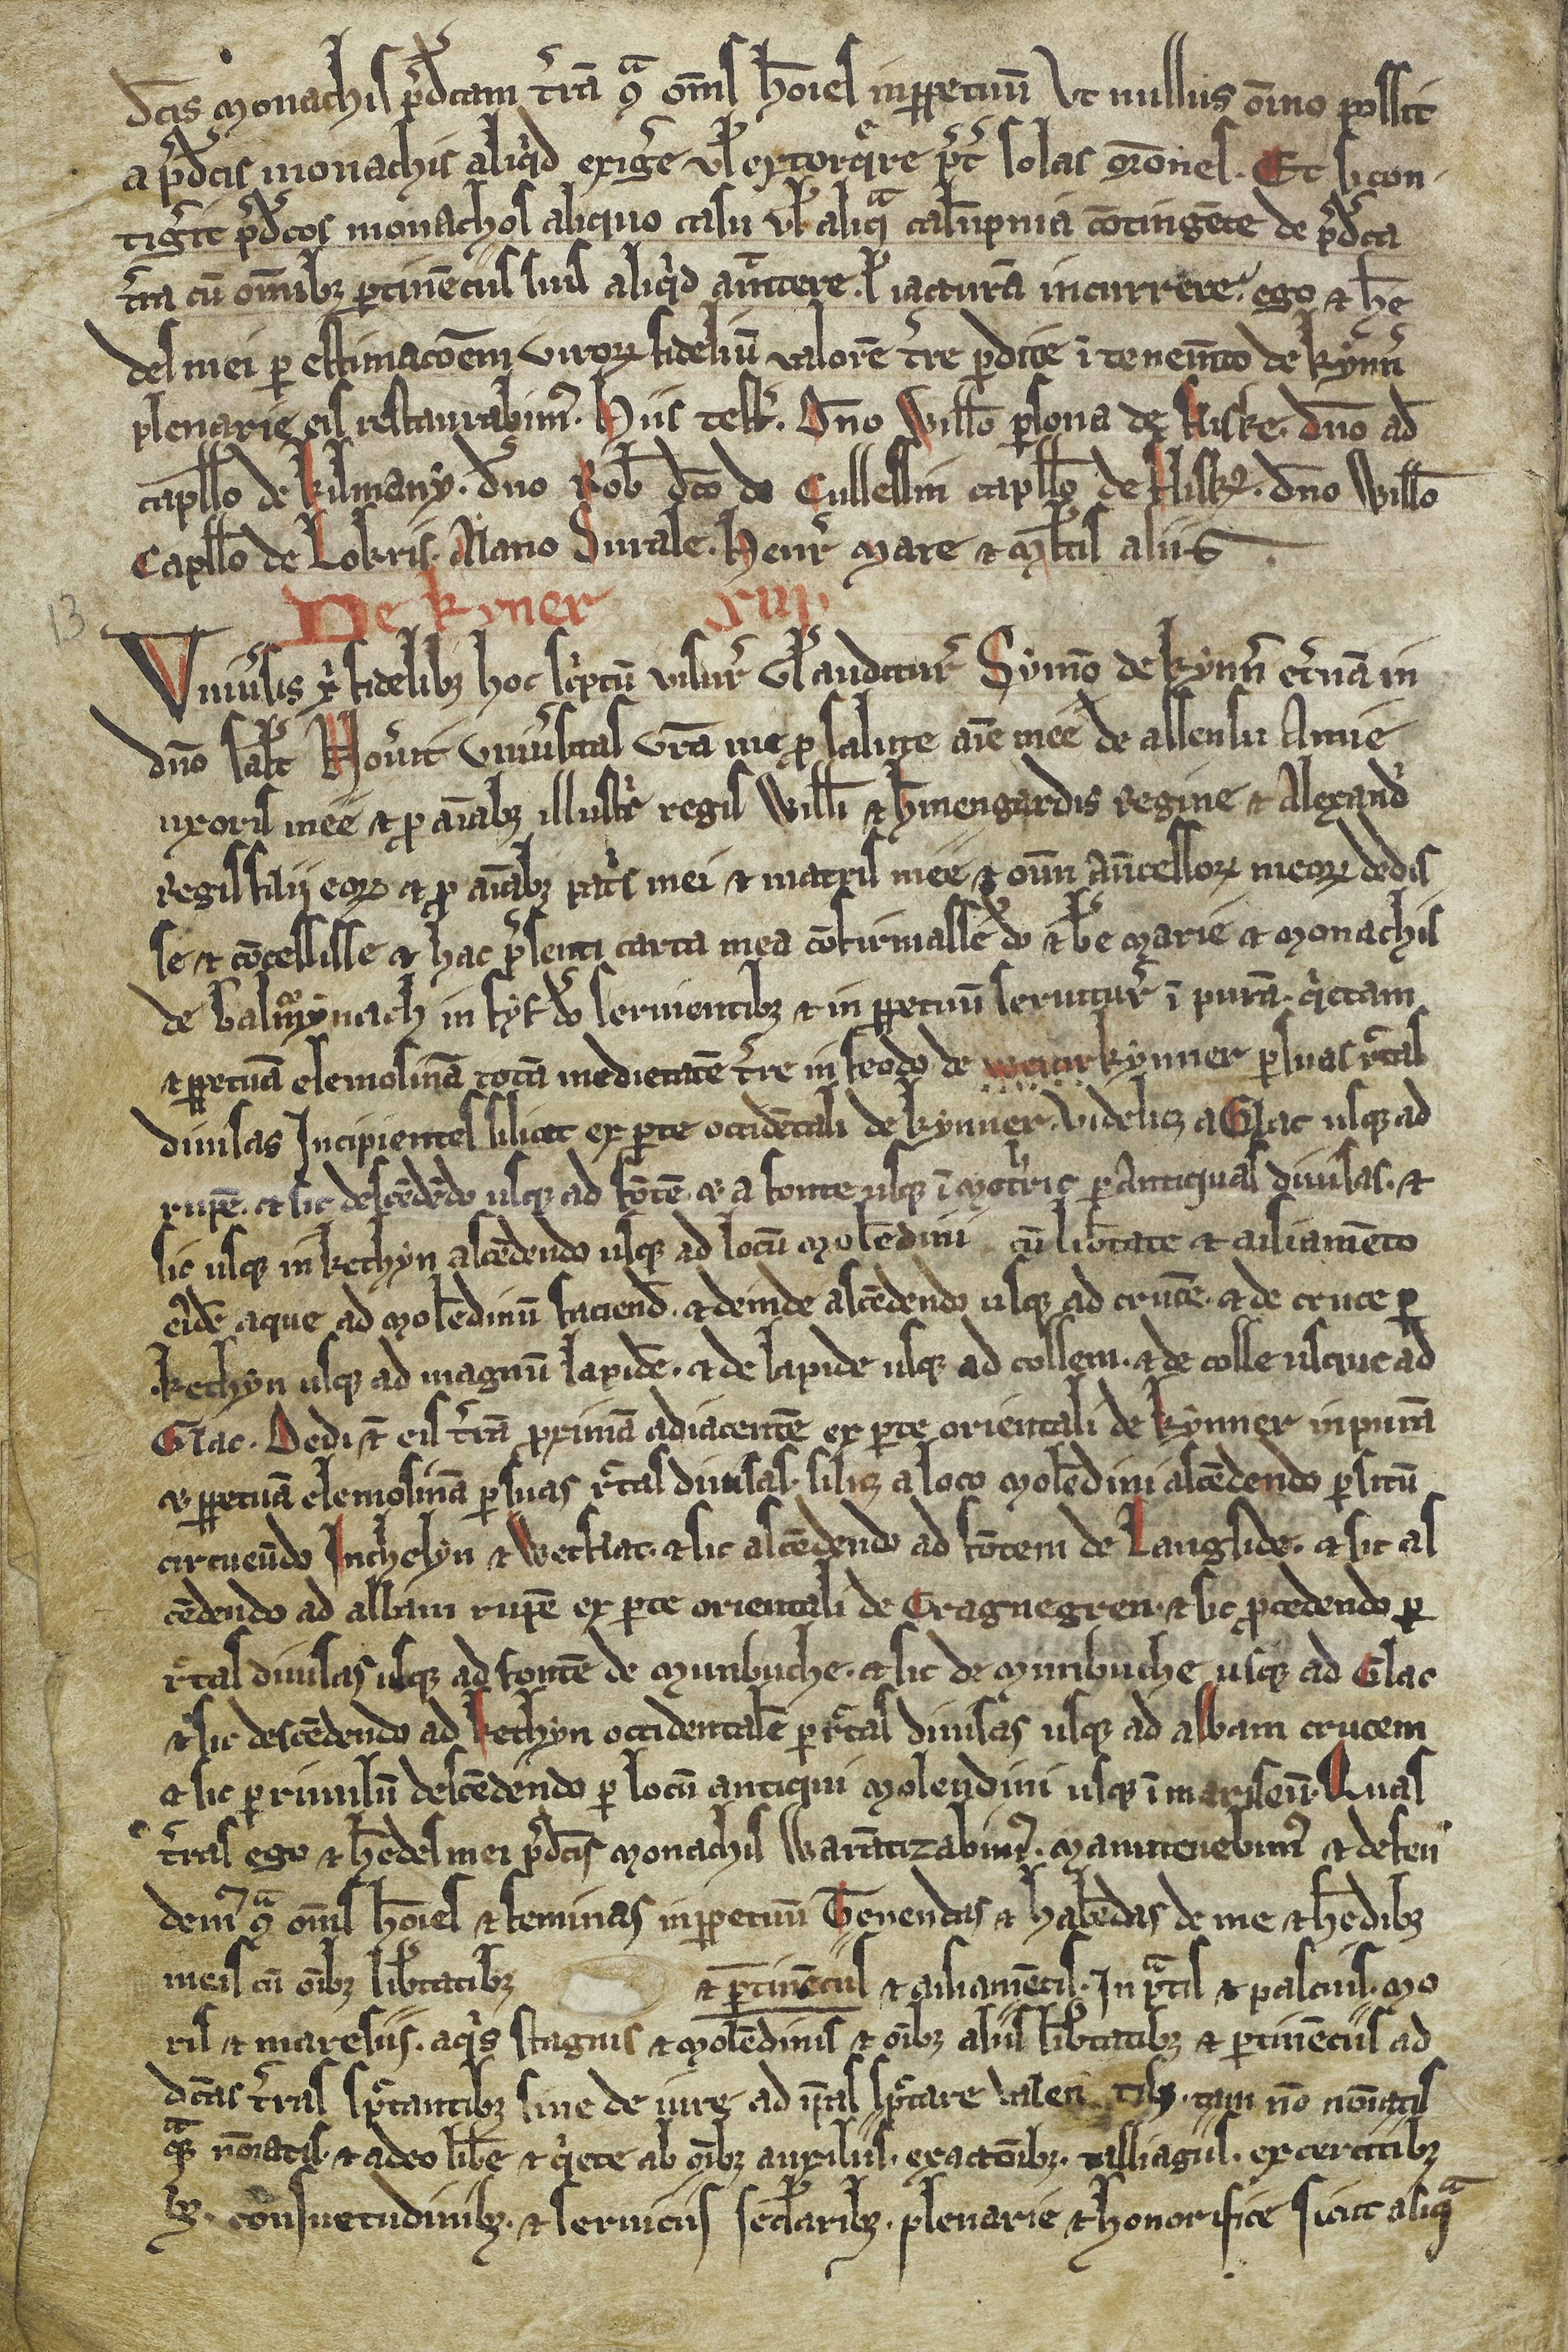
Shelfmark: Edimburgh, National Library of Scotland, Adv. ms. 34.5.3
Century: 14